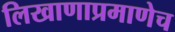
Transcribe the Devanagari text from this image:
लिखाणाप्रमाणेच